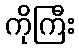
ကိုကြီး